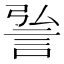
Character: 𮘆